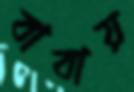
বাবায়